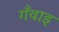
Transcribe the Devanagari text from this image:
गँवाइ